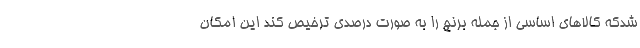
شدکه کالاهای اساسی از جمله برنج را به صورت درصدی ترخیص کند این امکان